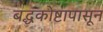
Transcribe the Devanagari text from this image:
बद्धकोष्टापासून